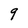
Character: 9